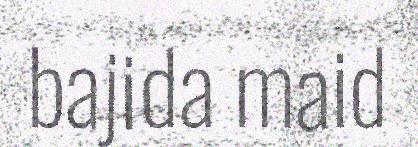
bajida maid